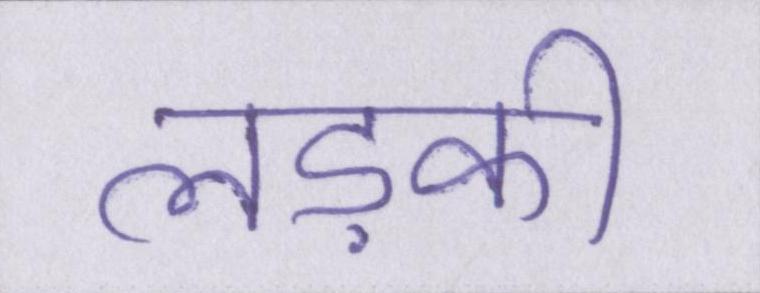
लड़की